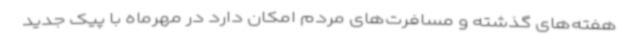
هفته‌های گذشته و مسافرت‌های مردم امکان دارد در مهرماه با پیک جدید